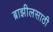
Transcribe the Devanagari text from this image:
ब्राझीलसाठी